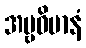
အမ္ဗဝိမာနံ